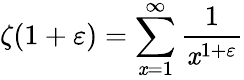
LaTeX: \zeta(1+\varepsilon)=\sum_{\mathit{x}=1}^{\infty}{\frac{{1}}{{\mathit{x}^{1+\varepsilon}}}}